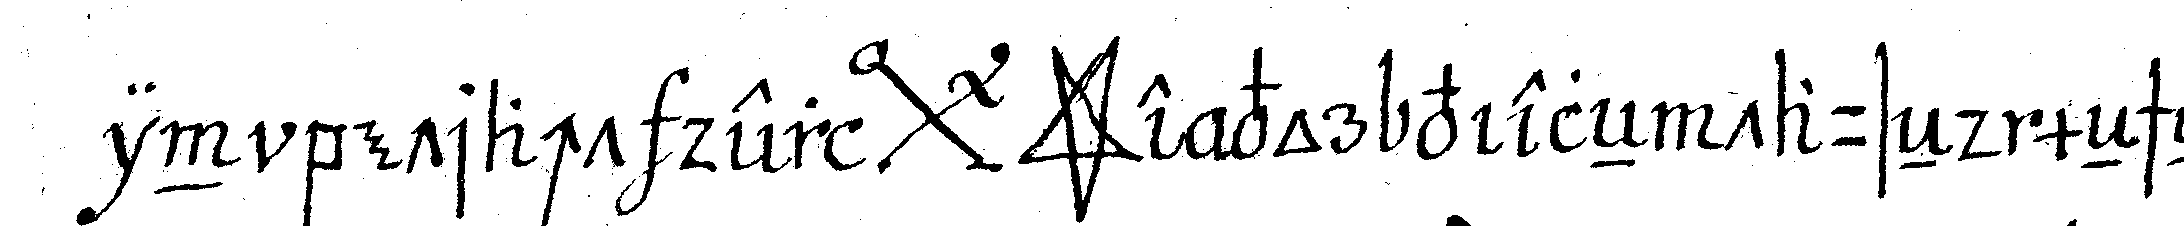
in betracht der *bigx* *star* e vor vieleN tauseNd meNscheN